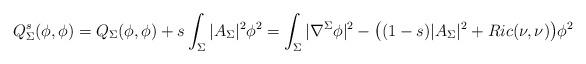
LaTeX: \begin{align*} Q^s_{\Sigma}(\phi, \phi) = Q_{\Sigma}(\phi, \phi) + s\int_{\Sigma}|A_{\Sigma}|^2\phi^2 = \int_{\Sigma} |\nabla^{\Sigma}\phi|^2 - {\big(}(1-s)|A_{\Sigma}|^2 + Ric(\nu, \nu){\big)}\phi^2 \end{align*}